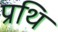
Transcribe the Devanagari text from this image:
प्रथि